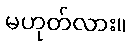
မဟုတ်လား။